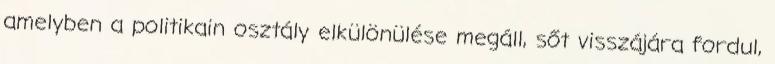
amelyben a politikain osztály elkülönülése megáll, sőt visszájára fordul,